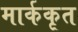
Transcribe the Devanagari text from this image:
मार्ककृत